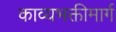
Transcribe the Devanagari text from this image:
काव्यभक्तीमार्ग